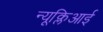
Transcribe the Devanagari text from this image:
न्यूक्लिआई